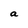
Character: a